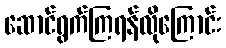
ဆောင်ရွက်ကြရန်လိုကြောင်း